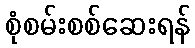
စုံစမ်းစစ်ဆေးရန်